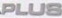
PLUS